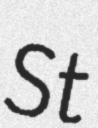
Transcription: St